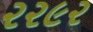
૨૨૯૨